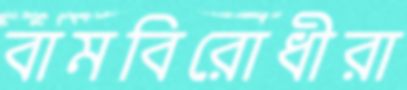
বামবিরোধীরা